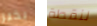
بخير لنقطة